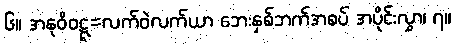
၆။ အနုဝိဝဋ္ဋ=လက်ဝဲလက်ယာ ဘေးနှစ်ဘက်အစပ် အပိုင်းလွှာ၊ ၇။